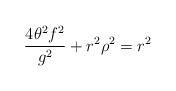
LaTeX: \begin{align*} \frac{4\theta^2 f^2}{g^2}+r^2\rho^2=r^2\end{align*}